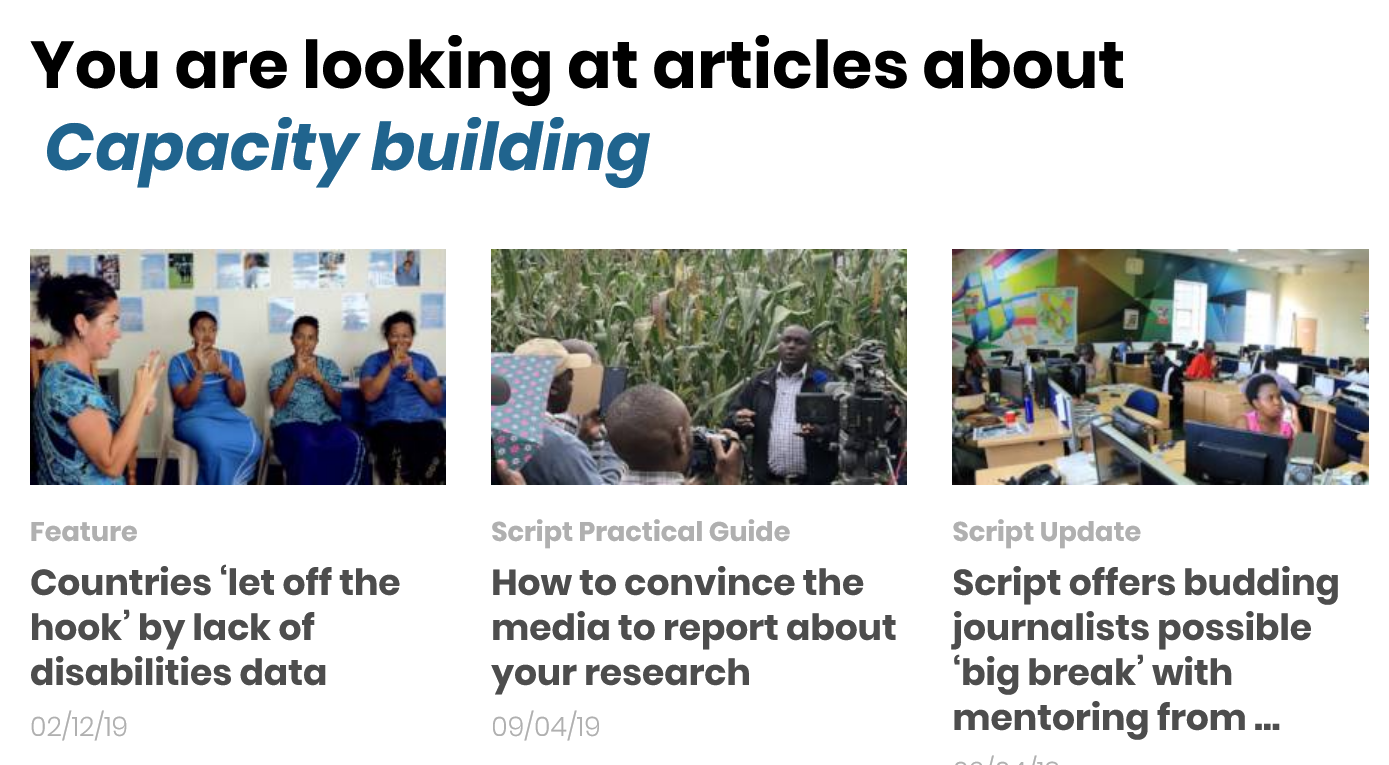
You are looking at articles about
  Capacity building
     Script offers budding
     journalists possible
     ‘big break’ with
     mentoring from...
  Countries ‘let off the
  hook’ by lack of
  disabilities data
  Feature
  02/12/19
     Script Practical Guide
     How to convince the
     media to report about
     your research
     09/04/19
     Script Update